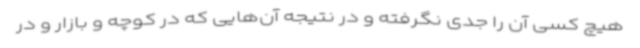
هیچ کسی آن را جدی نگرفته و در نتیجه آن‌هایی که در کوچه و بازار و در